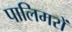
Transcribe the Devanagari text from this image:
पालिमरों